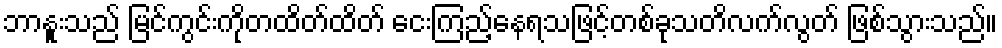
ဘာနူးသည် မြင်ကွင်းကိုတထိတ်ထိတ် ငေးကြည့်နေရသဖြင့်တစ်ခုသတိလက်လွတ် ဖြစ်သွားသည်။